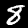
Digit: 8